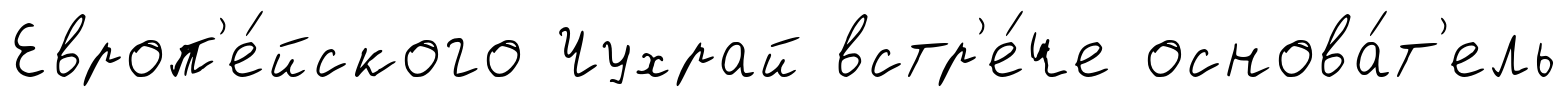
Европ'е́йского Чухрай встр'е́че основа́т'ель